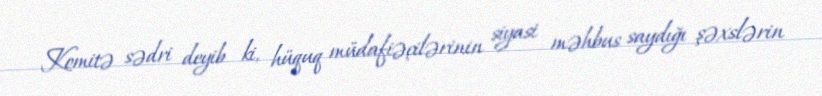
Komitə sədri deyib ki, hüquq müdafiəçilərinin siyasi məhbus saydığı şəxslərin